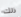
ذلك